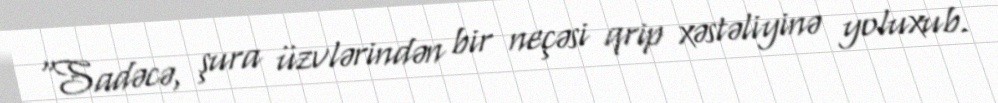
“Sadəcə, şura üzvlərindən bir neçəsi qrip xəstəliyinə yoluxub.